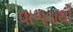
વાળવાથી